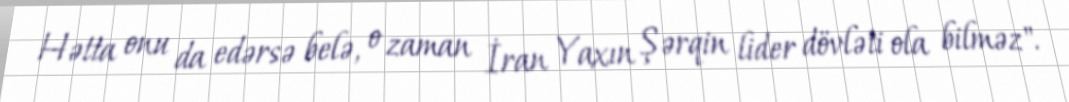
Hətta onu da edərsə belə, o zaman İran Yaxın Şərqin lider dövləti ola bilməz".